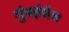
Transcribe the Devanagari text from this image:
मुंबईचेच